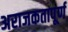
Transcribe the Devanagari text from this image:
अराजकतापूर्ण